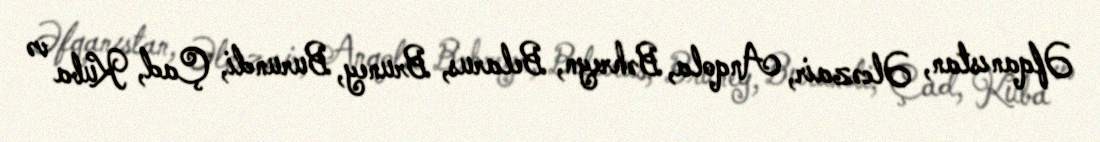
Əfqanıstan, Əlcəzair, Anqola, Bəhreyn, Belarus, Bruney, Burundi, Çad, Kuba və